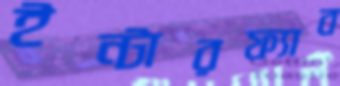
ইন্টারফ্যাব